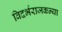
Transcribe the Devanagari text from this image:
विदर्भराजकन्या